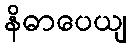
နိဓာပေယျ